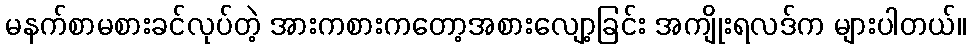
မနက်စာမစားခင်လုပ်တဲ့ အားကစားကတော့အစားလျော့ခြင်း အကျိုးရလဒ်က များပါတယ်။